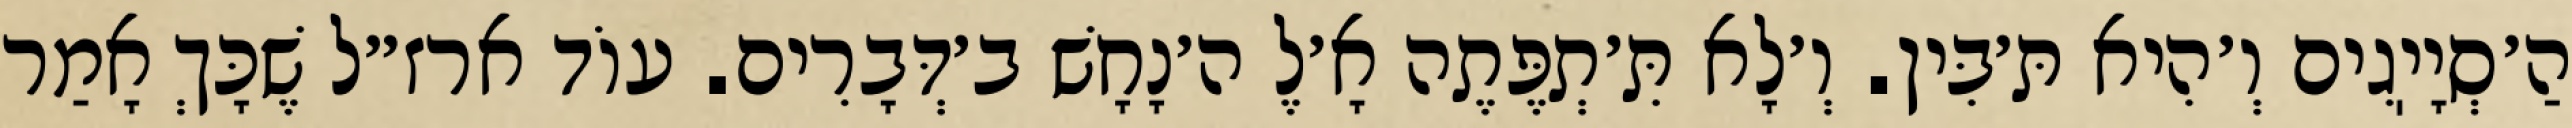
הַ׳סְיָיֽגִים וְ׳הִיא תּ׳בִּין. וְ׳לָא תִּ׳תְפֶּתֶה אָ׳לֶ ה׳נָחָשׁ ב׳דְּבָרִים. עוֹד ארז״ל שֶׁכָּךְ אָמַר